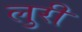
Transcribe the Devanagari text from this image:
लुरी